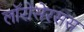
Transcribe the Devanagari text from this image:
लॉरोसेरसस